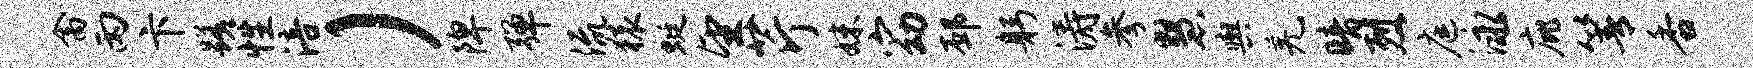
禽丙卞蹉性涪）陴弹流猿蜓望芹妹窈邳躬涛参慧舆羌暗烈庭泳庇箐香